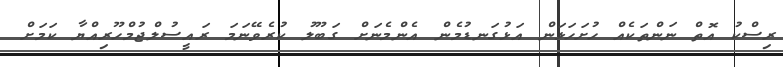
ރިސްކު އޮތް ނަންތަކެއް ހުށަހަޅަން އަޅުގަނޑުމެން އެންމެނަށް ގަބޫލު ކުރެވޭނަމަ ރައީސުލްޖުމްހޫރިއްޔާ ކަމަށް